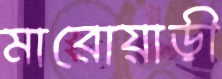
মারোয়াড়ী